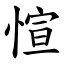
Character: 愃